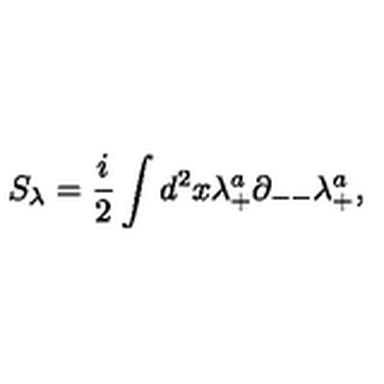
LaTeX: S _ { \lambda } = { \frac { i } { 2 } } \int d ^ { 2 } x \lambda _ { + } ^ { a } \partial _ { -- } \lambda _ { + } ^ { a } ,